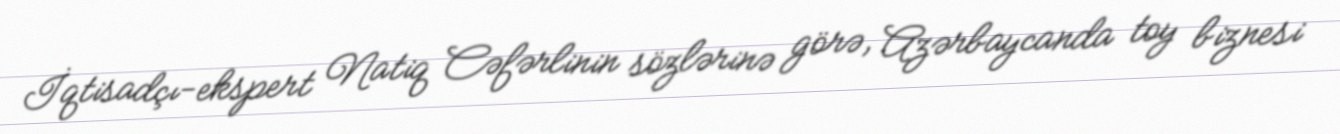
İqtisadçı-ekspert Natiq Cəfərlinin sözlərinə görə, Azərbaycanda toy biznesi